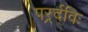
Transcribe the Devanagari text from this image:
परर्र्द्विः